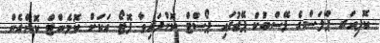
ކޮޕިއަރ ޕްލަސްގެ ފޭސްބުކް ޕޭޖުގައި ޕޯސްޓް ކޮށްފައިވާ ފޮޓޯ އަކަށް ކޮމެންޓް ކޮށްގެން